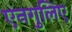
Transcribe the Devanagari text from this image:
एनगुलिए